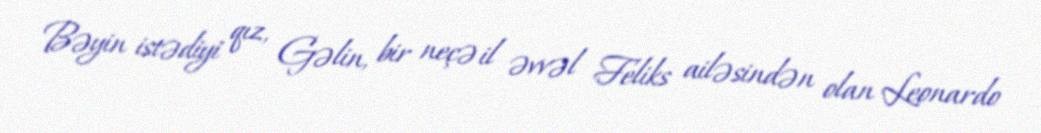
Bəyin istədiyi qız, Gəlin, bir neçə il əvvəl Feliks ailəsindən olan Leonardo